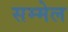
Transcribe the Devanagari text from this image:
सम्मेल